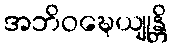
အဘိဝဍ္ဎေယျုန္တိ